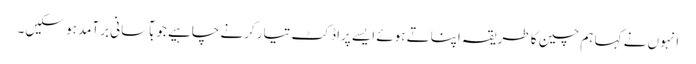
انہوں نے کہا ہم چین کا طریقہ اپناتے ہوئے ایسے پراڈکٹ تیار کرنے چاہیے جو بآسانی برآمد ہو سکیں۔